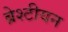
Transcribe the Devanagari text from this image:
ब्रेश्टीयन